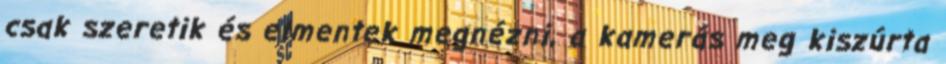
csak szeretik és elmentek megnézni, a kamerás meg kiszúrta